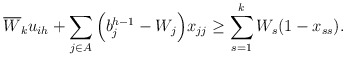
\begin{align*} \overline{W}_k u_{ih}+\sum_{j \in A}\Big(b_j^{h-1}-W_j\Big)x_{jj} \ge \sum_{s=1}^k W_s(1-x_{ss}).\end{align*}